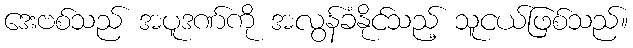
ဒေးဗစ်သည် အပူဒဏ်ကို အလွန်ခံနိုင်သည့် သူငယ်ဖြစ်သည်။